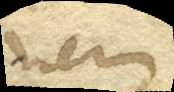
nem.